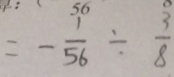
= - \frac { 1 } { 5 6 } \div \frac { 3 } { 8 }